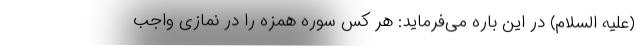
(علیه السلام) در این باره می‌فرماید: هر کس سوره همزه را در نمازی واجب